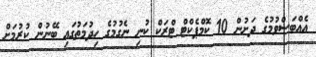
އެއްބަސްވުމުގެ ދަށުން 10 ކޮމްޕެކްޓް ޓްރަކް ކުނި ނެގުމުގެ ހިދުމަތުގައި ބޭނުން ކުރުމަށް